Report on sanitation, dispensaries, and jails in Rajputana for 1917, and on vaccination for the year 1917-1918 - 1917-1918
Year: 1917
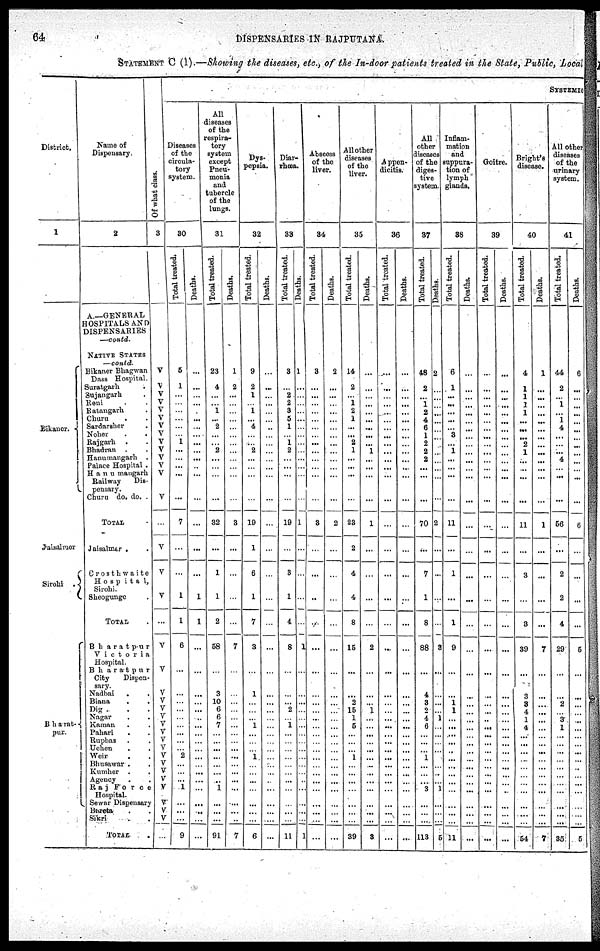
64
DISPENSARIES IN RAJPUTANA
STATEMENT C (1).—Showing the disease , etc., of the In-door patients treated in the State, Public, Local
District.
1
Bikaner.
Jaisalmer
Sirohi .
Bharat¬
pur.
Name of
Dispensary.
2
A—GENERAL
HOSPITALS AND
DISPENSARIES
—contd.
NATIVE STATES
—contd
Bikaner Bhagwan
Dass Hospital.
Suratgarh .
Sujangarh .
Reni . .
Ratangarh .
Churu . .
Sardarsher .
Noher . .
Rajgarh . .
Bhadran . .
Hanumangarh .
Palace Hospital .
Hanumangarh
Railway Dis¬
pensary.
Churu do. do. .
TOTAL .
Jaisamer . .
Crosthwaite
Hospital,
Sirohi.
Sheogunge .
TOTAL .
Bharatpur
Victoria
Hospital.
Bharatpur
City
Dispen-
sary
Nadbai
. .
Biana . .
Dig . . .
Nagar . .
Kaman . .
Pahari . .
Rupbas . .
Uchen . .
Weir . .
Bhusawar . .
Kumber . .
Agency . .
Raj
Force
Hospital.
„ Sewar Dispensary
Bareta . .
Sikri . .
TOTAL .
Of what class.
3
V
V
V
V
V
V
V
V
V
V
V
V
V
V
...
V
V
V
...
V
V
V
V
V
V
V
V
V
V
V
V
V
V
V
V
V
V
...
SYSTEMIC
Diseases
of the
circula-
tory
system.
30
Total treated.
5
1
...
...
...
...
...
...
1
... ...
...
...
...
7
...
...
1
1
6
...
...
...
...
...
...
...
...
... 2
...
...
... 1
...
...
...
9
Deaths.
...
...
...
...
...
...
...
...
...
... ...
...
...
...
...
...
...
1
1
...
...
...
...
...
..
...
...
...
...
...
...
...
...
...
...
...
...
...
All
diseases
of the
respira¬
tory
system
except
Pneu-
monia
and
tubercle
of the
lungs.
31
Total treated.
23
4
...
... 1
...
2
...
... 2
...
...
...
...
32
...
1
1
2
58
...
3
10
6
6
7
...
...
...
...
...
...
... 1
...
...
...
91
Deaths.
1
2
...
...
...
...
...
...
...
... ...
...
...
...
3
...
...
...
...
7
...
...
...
...
...
...
...
...
...
...
...
...
...
...
...
...
...
7
Dye¬
pepsia.
32
Total treated.
9
2
1
... 1
...
4
...
... 2
...
...
...
...
19
1
6
1
7
3
...
1
...
...
... 1
...
...
... 1
...
...
...
...
...
...
...
6
Deaths.
...
...
...
...
...
...
...
...
...
... ...
...
...
...
...
...
...
...
...
...
...
...
...
...
...
...
...
...
...
...
...
...
...
...
...
...
...
...
Diar-
rhœa.
33
Total treated.
3
...
2
2
3
5
1
...
1
2
...
...
...
...
19
...
8
1
4
8
...
...
...
2
... 1
...
...
...
...
...
...
...
...
...
...
...
11
Deaths.
1
...
...
...
...
...
...
...
...
... ...
...
...
...
1
...
...
...
...
1
...
...
...
...
...
...
...
...
...
...
...
...
...
...
...
...
...
1
Abscess
of the
liver.
34
Total treated.
3
...
...
...
...
...
...
...
...
... ...
...
...
...
3
...
...
..
...
...
...
...
...
...
...
...
...
...
...
...
...
...
...
...
...
...
...
...
Deaths.
2
...
...
...
...
...
...
...
...
... ...
...
...
...
2
...
...
...
...
...
...
...
...
...
...
...
...
...
...
...
...
...
...
...
...
...
...
...
All other
diseases
of the
liver.
35
Total treated.
14
2
... 1
2
1
...
...
2
1
...
...
...
...
23
2
4
4
8
15
...
... 2
15
1
5
...
...
...
1
...
...
...
...
...
...
...
39
Deaths.
...
...
...
...
...
...
...
...
... 1
...
...
...
...
1
...
...
...
...
2
...
...
...
1
...
...
...
...
...
...
...
...
...
...
...
...
...
3
Appen¬
dicitis.
36
Total treated.
...
...
...
...
...
...
...
...
...
... ...
...
...
...
...
...
...
...
...
...
...
...
...
...
...
...
...
...
...
...
...
...
...
...
...
...
...
...
Deaths.
...
...
...
...
...
...
...
...
...
... ...
...
...
...
...
...
...
...
...
...
...
...
...
...
...
...
...
...
...
...
...
...
...
...
...
...
...
...
All
other
diseases
of the
diges¬
tive
system.
37
Total treated.
48
2
... 1
2
4
6
1
2
... 2
...
...
...
70
...
7
1
8
88
...
4
3
2
4
6
...
...
... 1
...
...
...
3
...
...
...
113
Deaths.
2
...
...
...
...
...
...
...
...
... ...
...
...
...
2
...
...
...
...
3
...
...
...
...
1
...
...
...
...
...
...
...
...
1
...
...
...
5
Inflam-
mation
and
suppura-
tion of
lymph¬
glands.
38
Total treated.
6
1
...
...
...
...
...
3
... 1
...
...
...
...
11
...
1
...
1
9
...
... 1
1
...
...
...
...
...
...
...
...
...
...
...
...
...
11
Deaths.
...
...
...
...
...
...
...
...
...
... ...
...
...
...
...
...
...
...
...
...
...
...
...
...
...
...
...
...
...
...
...
...
...
...
...
...
...
...
Goitre.
39
Total treated.
...
...
...
...
...
...
...
...
...
... ...
...
...
...
...
...
...
...
...
...
...
...
...
...
...
...
...
...
...
...
...
...
...
...
...
...
...
...
Deaths.
...
...
...
...
...
...
...
...
...
... ...
...
...
...
...
...
...
...
...
...
...
...
...
...
...
...
...
...
...
...
...
...
...
...
...
...
...
...
Bright's
disease.
40
Total treated.
4
1
1
1
1
...
...
...
2
... 1
...
...
...
11
...
3
...
3
39
...
3
3
4
1
4
...
...
...
...
...
...
...
...
...
...
...
54
Deaths.
1
...
...
...
...
...
...
...
...
... ...
...
...
...
1
...
...
...
...
7
...
...
...
...
...
...
...
...
...
...
...
...
...
...
...
...
...
7
All other
diseases
of the
urinary
system.
41
Total treated.
44
2
... 1
...
1
4
...
...
... 4
...
...
...
56
...
2
2
4
29
...
...
2
...
3 1
...
...
...
...
...
...
...
...
...
...
...
35
Deaths.
6
...
...
...
...
...
...
...
...
... ...
...
...
6
...
...
...
5
...
...
...
...
...
...
...
...
...
...
...
...
...
...
...
...
...
5